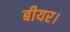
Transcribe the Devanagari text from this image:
बीयर।